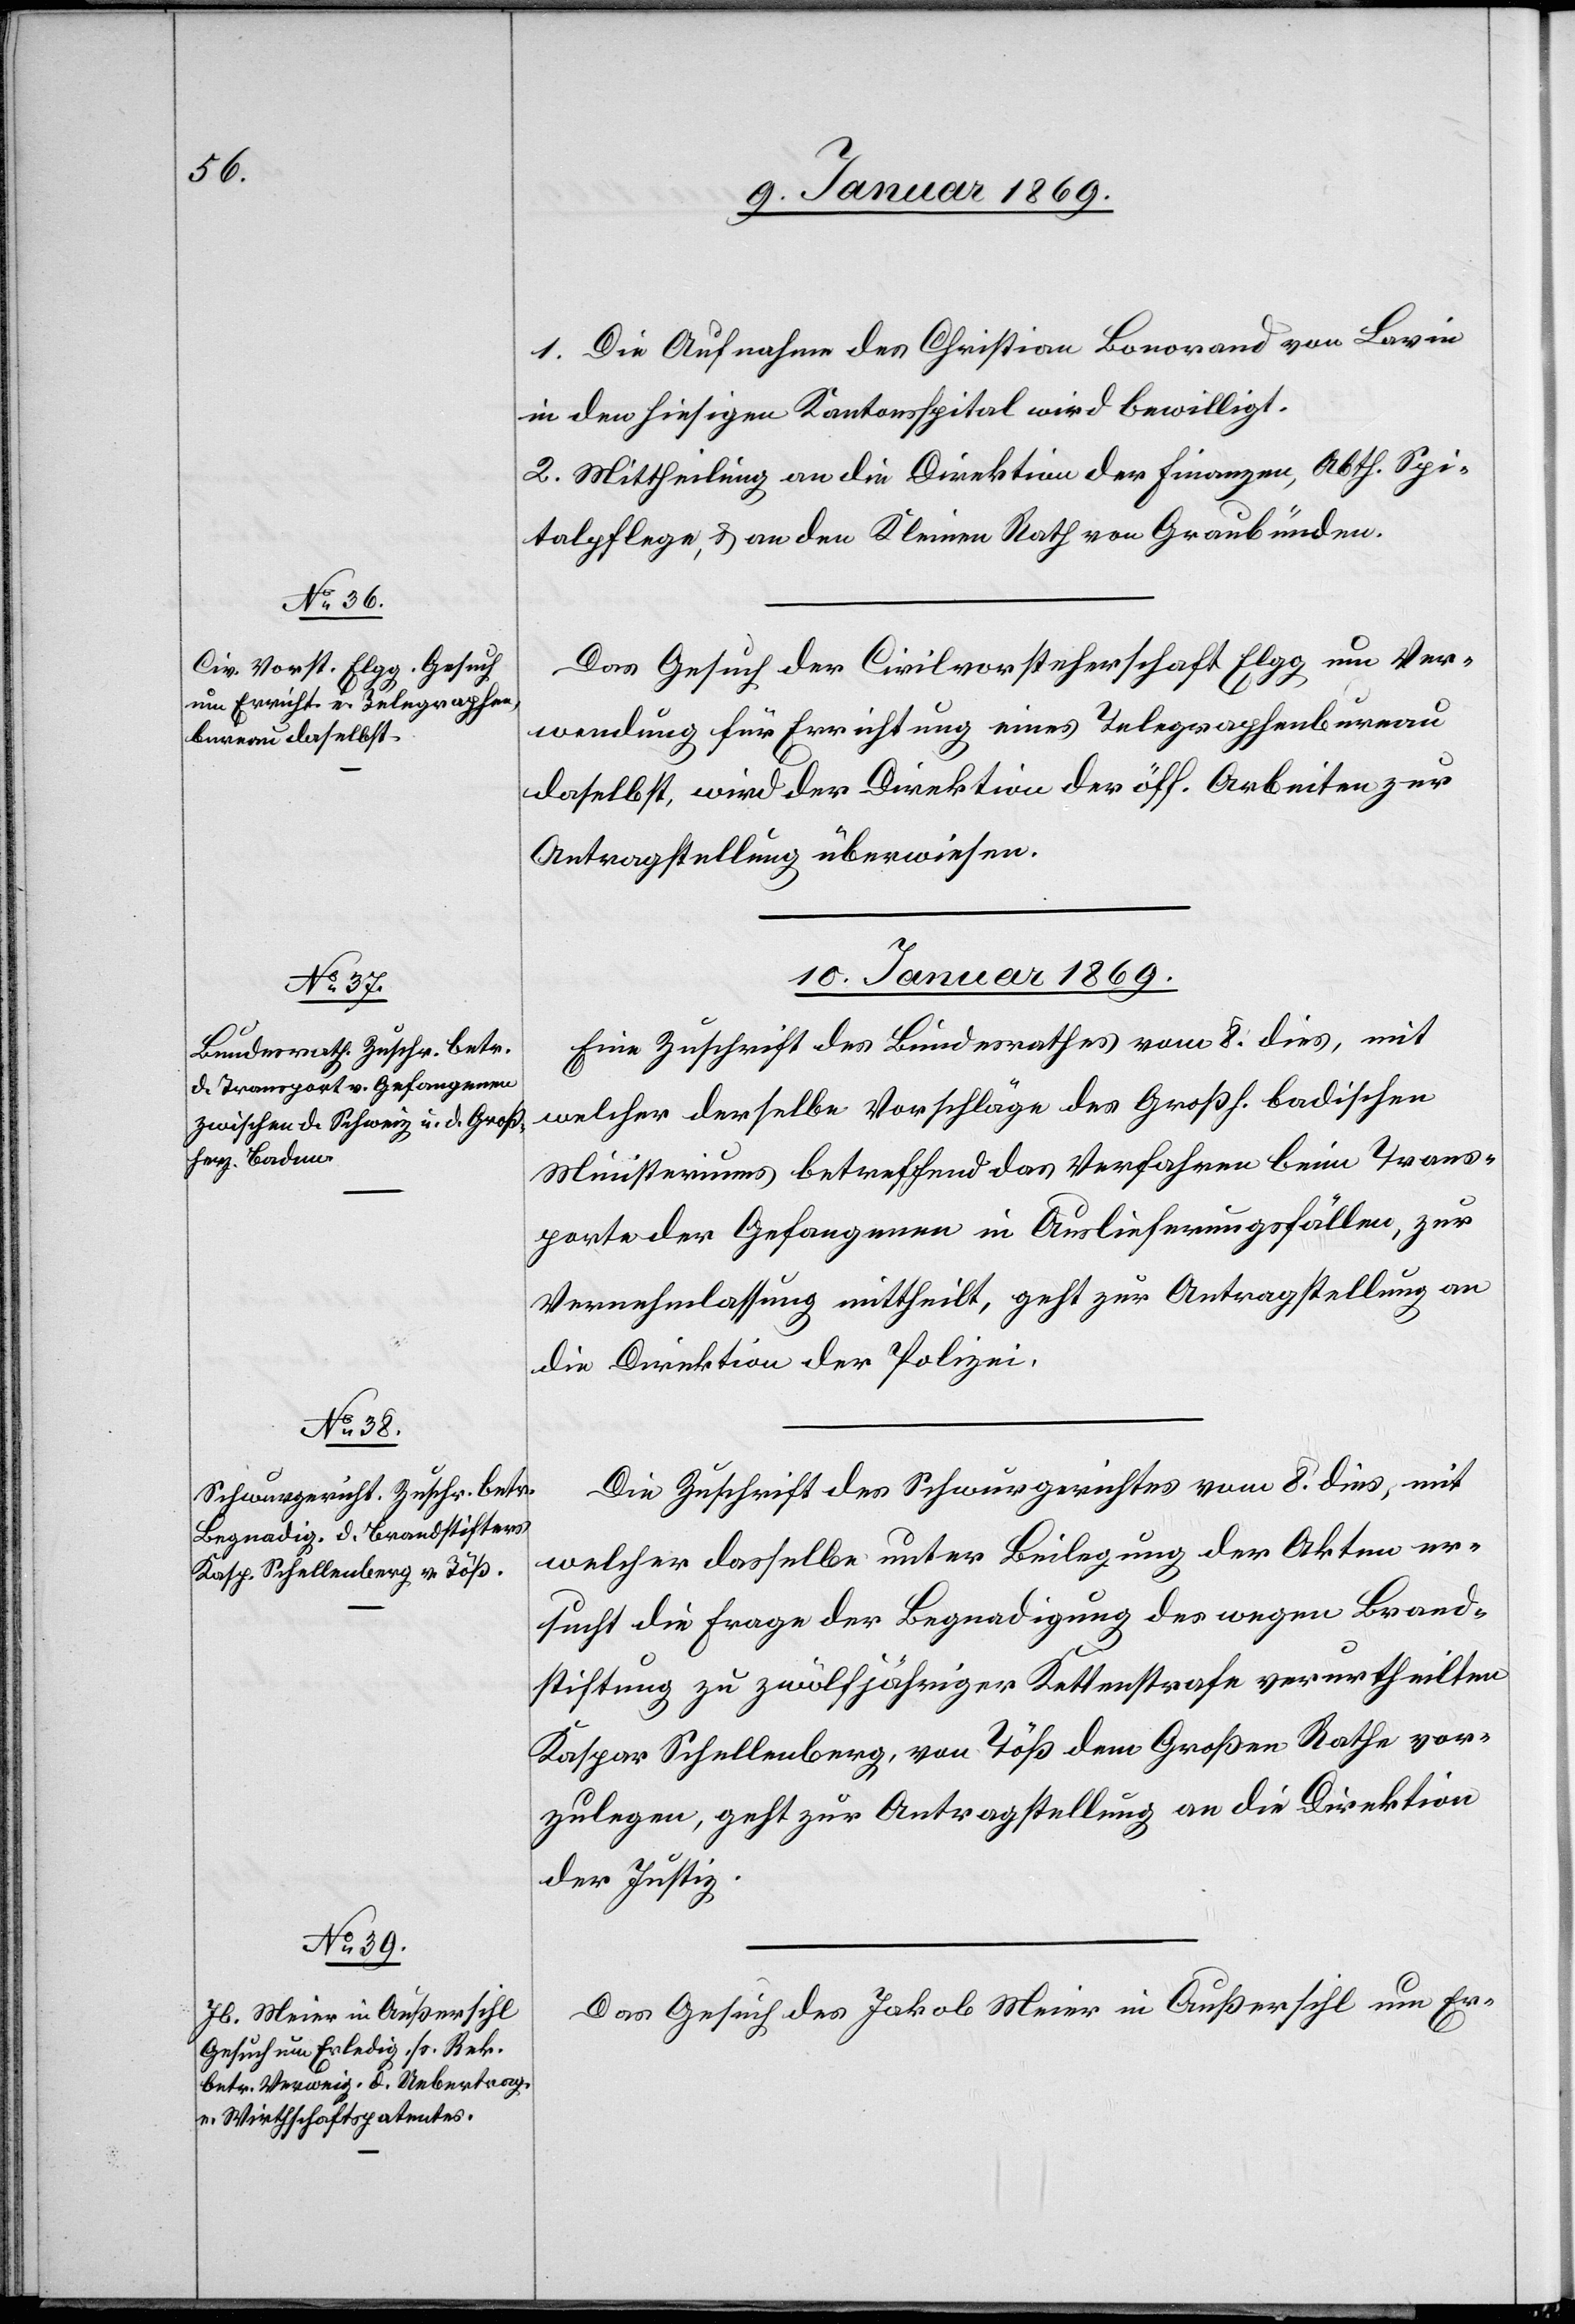
9. Januar 1869.]
1. Die Aufnahme des Christian Bonorand von Lavin
in den hiesigen Kantonsspital wird bewilligt.
2. Mittheilung an die Direktion der Finanzen, Abth. Spi¬
talpflege, & an den Kleinen Rath von Graubünden.
Das Gesuch der Civilvorsteherschaft Elgg um Ver¬
wendung für Errichtung eines Telegraphenbureau
daselbst, wird der Direktion der öff. Arbeiten zur
Antragstellung überwiesen.
10. Januar 1869.]
Eine Zuschrift des Bundesrathes vom 8. dies, mit
welcher derselbe Vorschläge des Großh. badischen
Ministeriums betreffend das Verfahren beim Trans¬
porte der Gefangenen in Auslieferungsfällen, zur
Vernehmlassung mittheilt, geht zur Antragstellung an
die Direktion der Polizei.
Die Zuschrift des Schwurgerichtes vom 8. dies, mit
welcher dasselbe unter Beilegung der Akten er¬
sucht die Frage der Begnadigung des wegen Brand¬
stiftung zu zwölfjähriger Kettenstrafe verurtheilten
Kaspar Schellenberg, von Töß dem Großen Rathe vor¬
zulegen, geht zur Antragstellung an die Direktion
der Justiz.
Das Gesuch des Jakob Meier in Außersihl um Er-